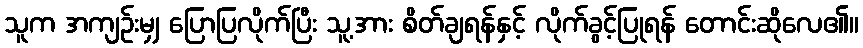
သူက အကျဉ်းမျှ ပြောပြလိုက်ပြီး သူ့အား စိတ်ချရန်နှင့် လိုက်ခွင့်ပြုရန် တောင်းဆိုလေ၏။